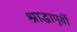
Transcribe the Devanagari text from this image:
श्राद्धापूर्वी